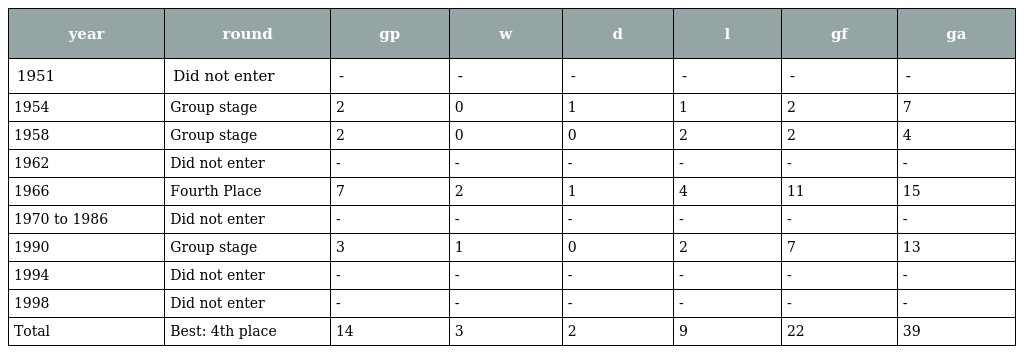
| year | round | gp | w | d | l | gf | ga |
 | --- | --- | --- | --- | --- | --- | --- | --- |
 | 1951 | Did not enter | - | - | - | - | - | - |
 | 1954 | Group stage | 2 | 0 | 1 | 1 | 2 | 7 |
 | 1958 | Group stage | 2 | 0 | 0 | 2 | 2 | 4 |
 | 1962 | Did not enter | - | - | - | - | - | - |
 | 1966 | Fourth Place | 7 | 2 | 1 | 4 | 11 | 15 |
 | 1970 to 1986 | Did not enter | - | - | - | - | - | - |
 | 1990 | Group stage | 3 | 1 | 0 | 2 | 7 | 13 |
 | 1994 | Did not enter | - | - | - | - | - | - |
 | 1998 | Did not enter | - | - | - | - | - | - |
 | Total | Best: 4th place | 14 | 3 | 2 | 9 | 22 | 39 |